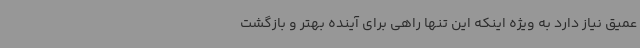
عمیق نیاز دارد به ویژه اینکه این تنها راهی برای آینده بهتر و بازگشت